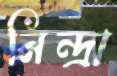
নিন্দ্রা